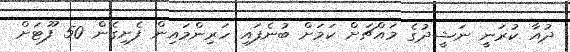
ދުއާ ކުރަނީ ނަޝީދުގެ މައްޗަށް ކަމަށް ބުނެފައި ހަރިންމައިން ފެށިގެން 50 ފޫޓަށް